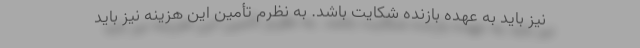
نیز باید به عهده بازنده شکایت باشد. به نظرم تأمین این هزینه نیز باید